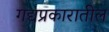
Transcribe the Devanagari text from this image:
गद्यप्रकारातील